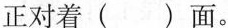
正对着（）面。